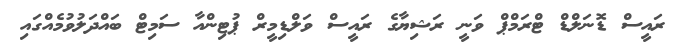
ރައީސް ޑޮނަލްޑް ޓްރަމްޕް ވަނީ ރަޝިޔާގެ ރައީސް ވަލްޑިމީރް ޕުޓިންއާ ސަމިޓް ބައްދަލުވުމެއްގައި